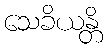
သေခိယန္တိ